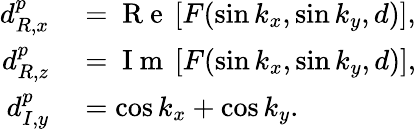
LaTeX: \begin{array}{rl}{d_{R,x}^{p}}&{{}=\mathrm{~R~e~}\left[F(\sin k_{x},\sin k_{y},d)\right],}\\ {d_{R,z}^{p}}&{{}=\mathrm{~I~m~}\left[F(\sin k_{x},\sin k_{y},d)\right],}\\ {d_{I,y}^{p}}&{{}=\cos k_{x}+\cos k_{y}.}\end{array}